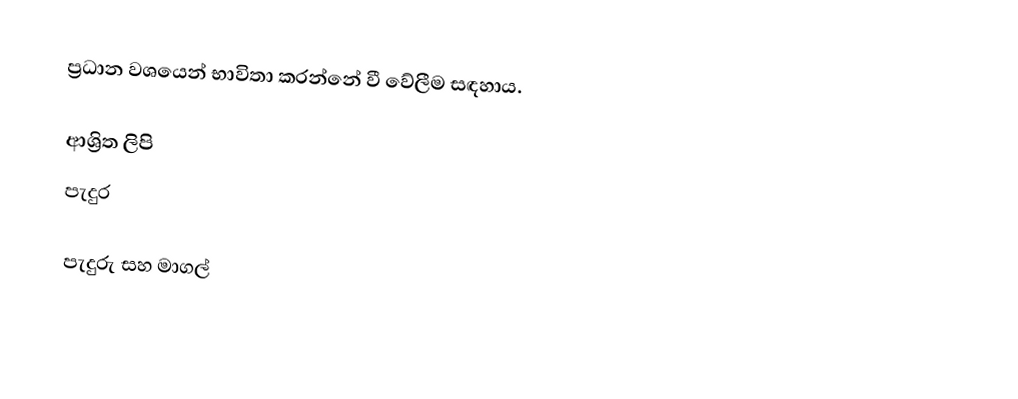
ප්‍රධාන වශයෙන් භාවිතා කරන්නේ වී වේලීම සඳහාය.

ආශ්‍රිත ලිපි
 පැදුර

පැදුරු සහ මාගල්